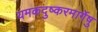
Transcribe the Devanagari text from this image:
यमकदुष्करमार्गेषु